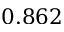
0 . 8 6 2